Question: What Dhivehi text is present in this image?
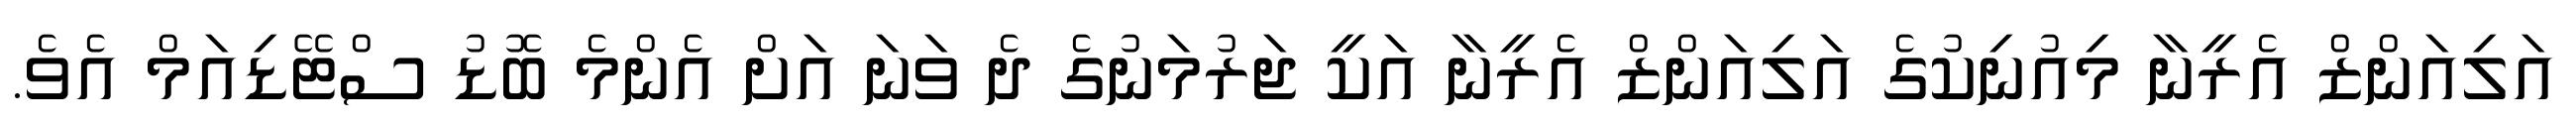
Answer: އަލިއަންޒް އެރީނާ މިއުނިކުގެ އަލިއަންޒް އެރީނާ އަކީ ޖަރުމަނުގެ ދެ ވަނަ އަށް އެންމެ ބޮޑު ސްޓޭޑިއަމް އެވެ.